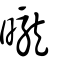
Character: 曨